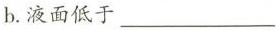
b.液面低于___